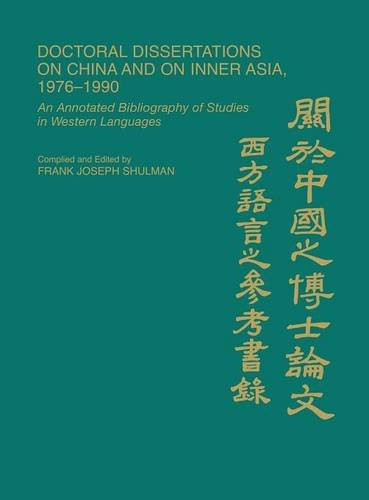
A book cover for Doctoral Dissertations on China and on Inner Asia, 1976-1990: An Annotated Bibliography of Studies in Western Languages (Bibliographies and Indexes in Asian Studies); Patricia Polansky; History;